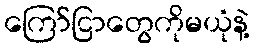
ကြော်ငြာတွေကိုမယုံနဲ့